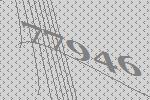
77946